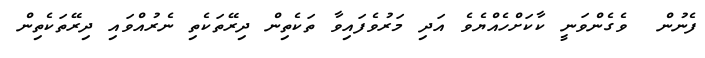
ފެނުން  ވެގެންވަނީ ކާކަށްހެއްޔެވެ އަދި މަރުވެފައިވާ ތަކެތިން ދިރޭތަކެތި ނެރުއްވައި ދިރޭތަކެތިން